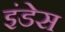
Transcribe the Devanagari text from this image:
इंडेस